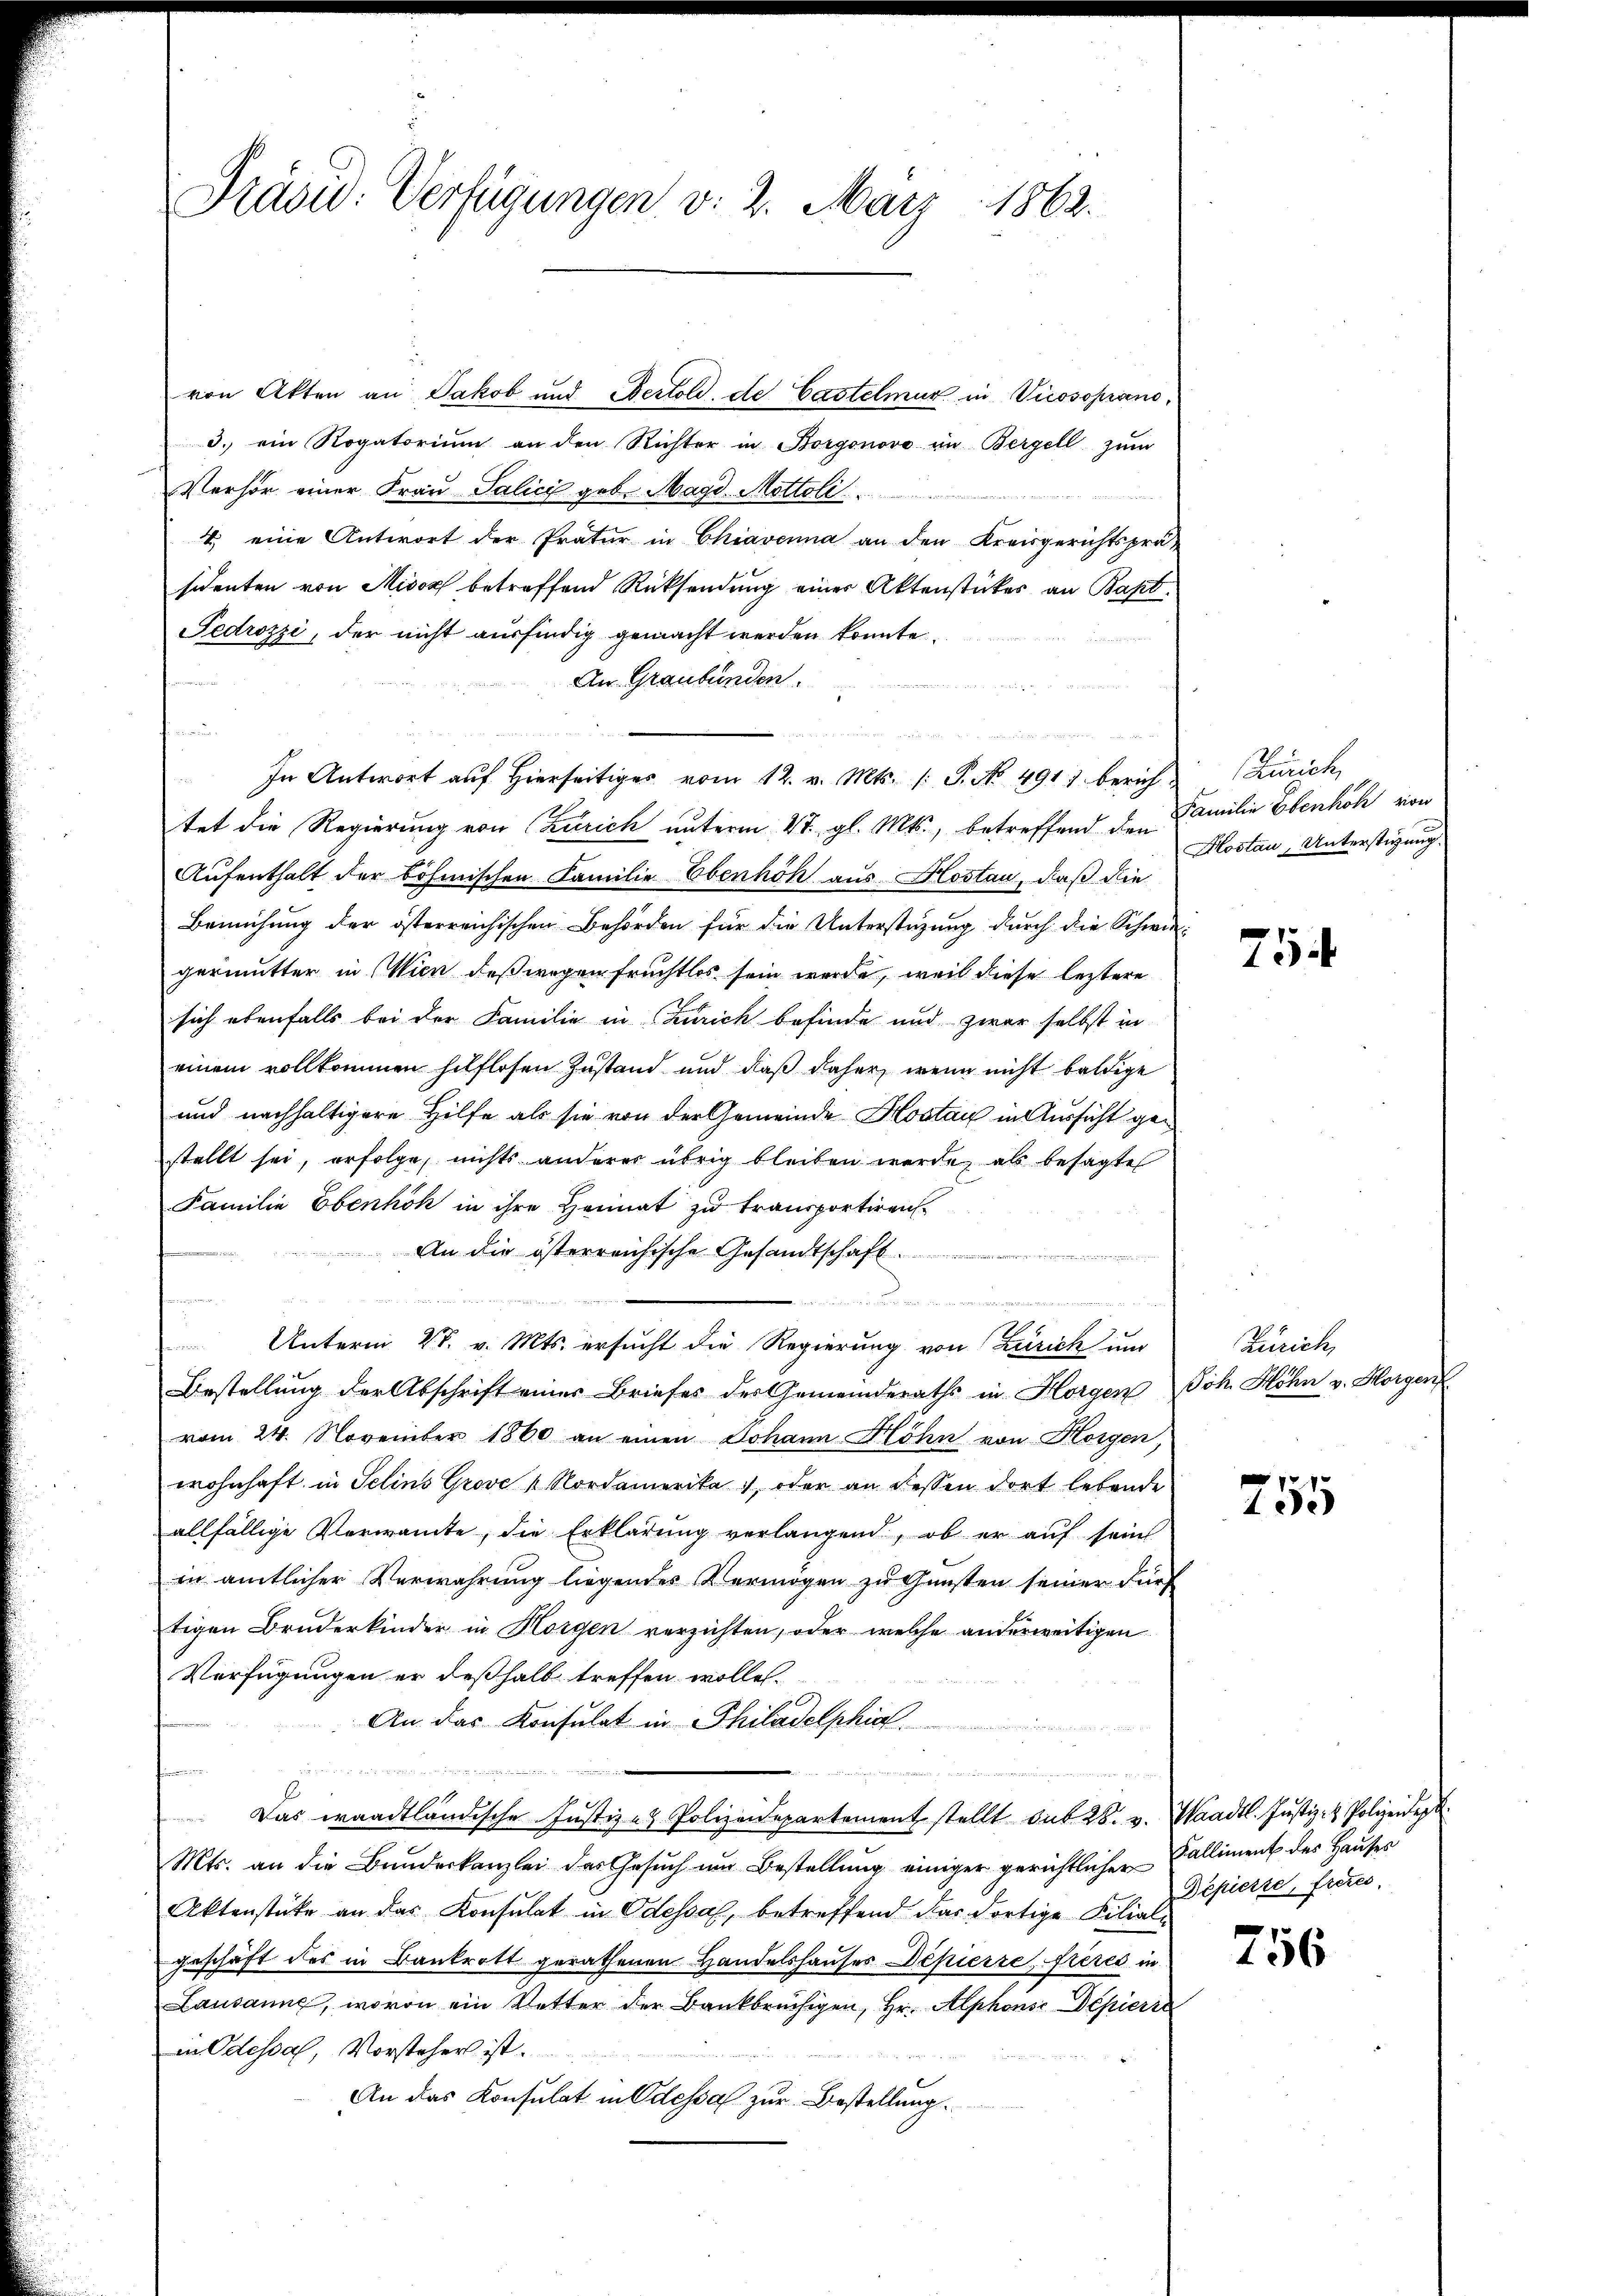
Präsid. Verfügungen v. 2. März 1862.

von Akten an Jakob und Bertold, de Castelmur in Vicosoprand¬
3. ein Rogatorium an den Richter in Borgonova in Bergell zŭm
Verhör einer Frau Salici geb. Magd. Mottoli
4 eine Antwort der Pratur in Chiavenna an den Kreisgerichtsprä-
sidenten von Misox betreffend Rücksendung einer Aktenstückes an Bapt.
Pedrozzi, der nicht ausfindig gemacht werden konnte.
An Graubünden.
e
In Antwort auf hierseitig vom 12. v. Mts. /: P. No 491) bericht Zürich,
tet die Regierung von Zürich unterm 4t. gl. Mts., betreffend den Familie Ebenhöh von
Aufenthalt der böhmischen Familie Ebenhöh aus Bloslau, daß die
Bemühung der österreichischen Behörden für die Unterstützung durch die Schwiegermutter in Wien deßwegen fruchtlos sein werde, weil diese leztere
sich ebenfalls bei der Familie in Zürich befinde und zwar selbst in
einem vollkommen hilflosen Zustand und daß daher, wenn nicht baldige
und nachhaltigere Hilfe als sie von der Gemeinde Kostan in Aussicht gestellt sei, erfolge, nichts anderer übrig bleiben werde, als besagte
Familie Ebenhök in ihre Heimat zu transportiren
An die österreichische Gesandtschaft.
4 Ha
 . . . .
e
 Unterm 28. v. Mts. ersucht die Regierung von Zürich um
Bestellung der Abschrift eines Briefes des Gemeinderaths in Horgen Joh. Höhn v. Horgen
vom 24. November 1860 an einen Johann Höhn von Horgen,
wohnhaft in Selins Grove Nordamerika, oder an dessen dort lebende
allfällige Verwante, die Erklärung verlangend, ob er auf sein
in amtlicher Verwahrung liegendes Vermögen zu Gunsten seiner durf
tigen Bruderkinder in Horgen verzichten, oder welche anderweitigen
Verfügungen er deßhalb treffen wolle.
An das Konsulat in Philadelphia
   den ents
 den
n

1
Das waadtländische Justiz- & Polizeidepartement stellt sub 28. v. Waadt. Justiz- & Polizeidep
Mts. an die Bundeskanzlei das Gesuch um Bestellung einiger gerichtlicher
Aktenstücke an das Konsulat in Odessal, betreffend das dortige Filialgeschäft des in Bankrott gerathenen Handelshauses Depierre, frères in
Lausanne, wovon ein Vetter der Bankbrüchigen, Hr. Alphons Depiere
in Odessal, Vorsteher ist.
An das Konsulat in Odessa zur Bestellung.

u

Kostan, Unterstigung.

754

Zürich,

255

Falliment des Hauses
Depierte, frères,

756